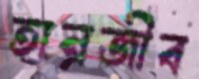
তানজীব